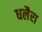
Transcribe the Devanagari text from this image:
धलैरा